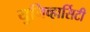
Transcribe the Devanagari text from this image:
युनिव्हार्सिटी